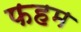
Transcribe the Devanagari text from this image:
फहम